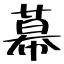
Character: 幕